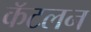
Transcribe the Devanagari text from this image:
कॅटलन